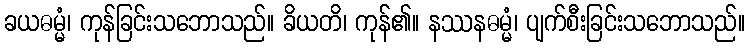
ခယဓမ္မံ၊ ကုန်ခြင်းသဘောသည်။ ခိယတိ၊ ကုန်၏။ နဿနဓမ္မံ၊ ပျက်စီးခြင်းသဘောသည်။